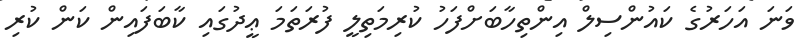
ވަނަ އަހަރުގެ ކައުންސިލް އިންތިހާބަށްފަހު ކުރިމަތިލީ ފުރަތަމަ ޢީދުގައި ކާބަފައިން ކަން ކުރި